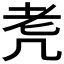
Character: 𦒲